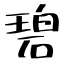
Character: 碧